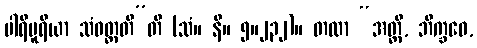
ပါရိပူရိယာ သံဝတ္တတီ”တိ (သံ။ နိ။ ၅။၂၃၂)။ တထာ “အတ္ထိ, ဘိက္ခဝေ,